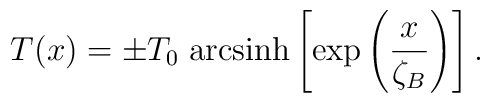
T(x)=\pm T_{0}\;{\rm arcsinh}\left[\exp \left(\frac{x}{\zeta_B}\right)\right].